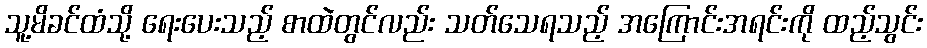
သူ့မိခင်ထံသို့ ရေးပေးသည့် စာထဲတွင်လည်း သတ်သေရသည့် အကြောင်းအရင်းကို ထည့်သွင်း